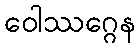
ဝေါဿဂ္ဂေန